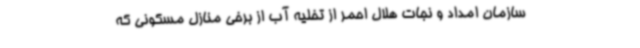
سازمان امداد و نجات هلال احمر از تخلیه آب از برخی منازل مسکونی که